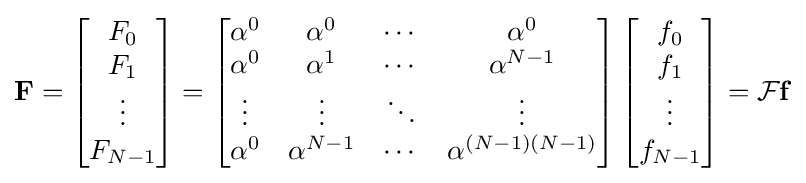
\mathbf {F} =\left[{\begin{matrix}F_{0}\\F_{1}\\\vdots \\F_{N-1}\end{matrix}}\right]=\left[{\begin{matrix}\alpha ^{0}&\alpha ^{0}&\cdots &\alpha ^{0}\\\alpha ^{0}&\alpha ^{1}&\cdots &\alpha ^{N-1}\\\vdots &\vdots &\ddots &\vdots \\\alpha ^{0}&\alpha ^{N-1}&\cdots &\alpha ^{(N-1)(N-1)}\end{matrix}}\right]\left[{\begin{matrix}f_{0}\\f_{1}\\\vdots \\f_{N-1}\end{matrix}}\right]={\mathcal {F}}\mathbf {f}